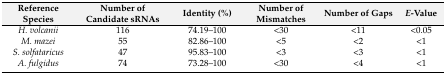
<table><thead><tr><td><b>Reference Species</b></td><td><b>Number of Candidate sRNAs</b></td><td><b>Identity (%)</b></td><td><b>Number of Mismatches</b></td><td><b>Number of Gaps</b></td><td><b><i>E</i>-Value</b></td></tr></thead><tbody><tr><td><i>H. volcanii</i></td><td>116</td><td>74.19–100</td><td>&lt;30</td><td>&lt;11</td><td>&lt;0.05</td></tr><tr><td><i>M. mazei</i></td><td>55</td><td>82.86–100</td><td>&lt;5</td><td>&lt;2</td><td>&lt;1</td></tr><tr><td><i>S. solfataricus</i></td><td>47</td><td>95.83–100</td><td>&lt;3</td><td>&lt;3</td><td>&lt;1</td></tr><tr><td><i>A. fulgidus</i></td><td>74</td><td>73.28–100</td><td>&lt;30</td><td>&lt;4</td><td>&lt;1</td></tr></tbody></table>